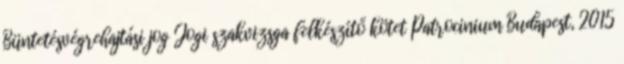
Büntetésvégrehajtási jog Jogi szakvizsga felkészítő kötet Patrocinium Budapest, 2015